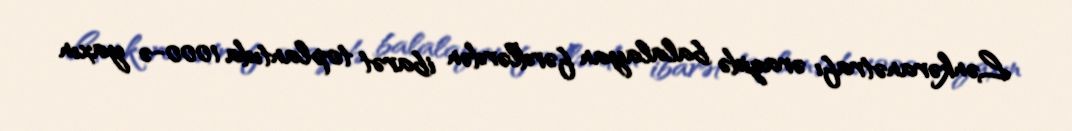
Lənkəranətrafı ərazidə balalayan fərdlərdən ibarət toplantıda 1000-ə yaxın